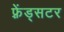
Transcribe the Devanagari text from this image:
फ़्रेंड्सटर